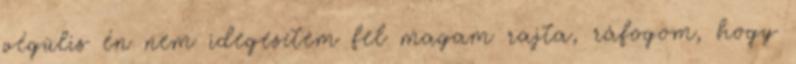
végülis én nem idegesítem fel magam rajta, ráfogom, hogy